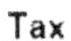
TAX